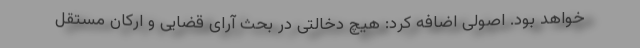
خواهد بود. اصولی اضافه کرد: هیچ دخالتی در بحث آرای قضایی و ارکان مستقل